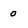
Character: o